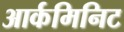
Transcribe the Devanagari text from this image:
आर्कमिनिट